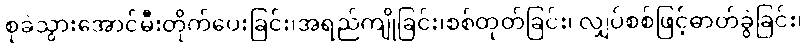
စုခဲသွားအောင်မီးတိုက်ပေးခြင်း၊အရည်ကျိုခြင်း၊စစ်ထုတ်ခြင်း၊ လျှပ်စစ်ဖြင့်ဓာတ်ခွဲခြင်း၊